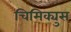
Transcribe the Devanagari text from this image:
चिमिक्युस